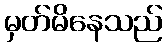
မှတ်မိနေသည်